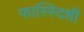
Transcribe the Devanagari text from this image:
फास्स्दिशी